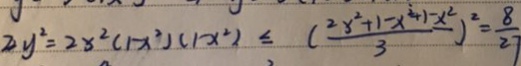
2 y ^ { 2 } = 2 x ^ { 2 } ( 1 - x ^ { 2 } ) ( 1 x ^ { 2 } ) \leq ( \frac { 2 x ^ { 2 } + 1 - x ^ { 2 } + 1 - x ^ { 2 } } { 3 } ) ^ { 2 } = \frac { 8 } { 2 7 }